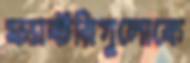
ফ্যাক্টরিগুলোকে